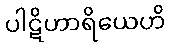
ပါဋိဟာရိယေဟိ